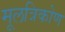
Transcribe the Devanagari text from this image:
मूलत्रिकोण